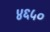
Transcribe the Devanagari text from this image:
४६५०